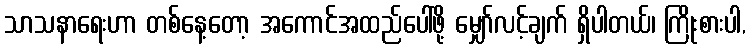
သာသနာရေးဟာ တစ်နေ့တော့ အကောင်အထည်ပေါ်ဖို့ မျှော်လင့်ချက် ရှိပါတယ်၊ ကြိုးစားပါ,